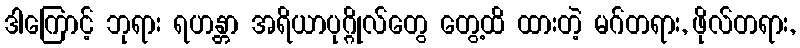
ဒါကြောင့် ဘုရား ရဟန္တာ အရိယာပုဂ္ဂိုလ်တွေ တွေ့ထိ ထားတဲ့ မဂ်တရား, ဖိုလ်တရား,